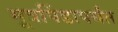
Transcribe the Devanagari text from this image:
मूत्रपिंडापर्यंत